Burma Government Medical School reports 1923-41
Year: 1923
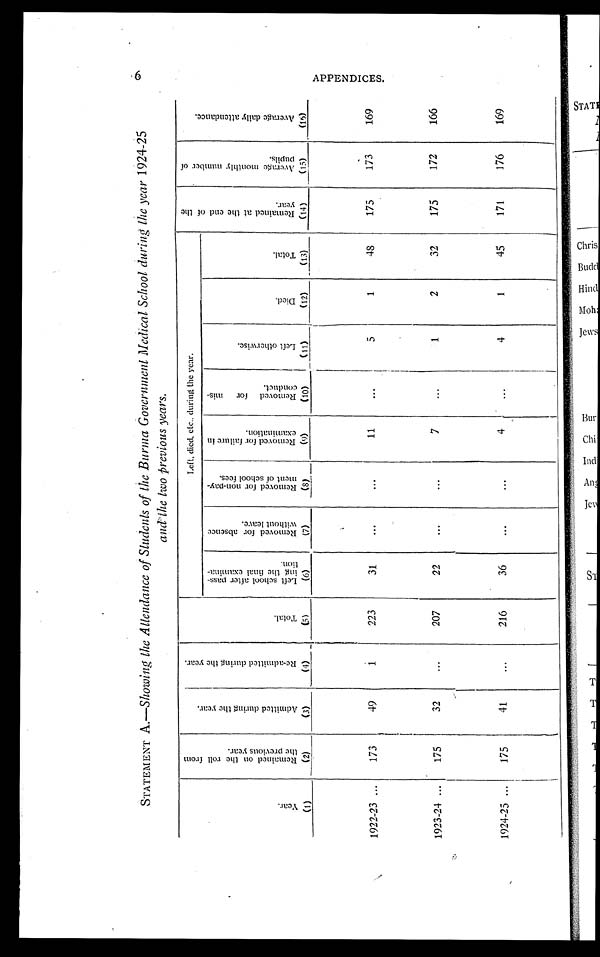
6
APPENDICES.
STATEMENT A.—Showing the Attendance of Students of the Burma Government Medical School during the year 1924-25
and the two previous years.
Y e a r .
R e m a i n e d o n t h e r o l l f r o m t h e p r e v i o u s y e a r .
A d m i t t e d d u r i n g t h e y e a r .
R e - a d m i t t e d d u r i n g t h e y e a r . T o t a l .
Left, died, etc., during the year.
R e m a i n e d a t t h e e n d o f t h e y e a r .
A v e r a g e m o n t h l y n u m b e r o f p u p i l s .
A v e r a g e d a i l y a t t e n d a n c e .
L e f t s c h o o l a f t e r p a s s - i n g t h e f i n a l e x a m i n a - t i o n .
R e m o v e d f o r a b s e n c e w i t h o u t l e a v e .
R e m o v e d f o r n o n - p a y - m e n t o f s c h o o l f e e s .
R e m o v e d f o r f a i l u r e i n e x a m i n a t i o n .
R e m o v e d f o r m i s - c o n d u c t .
L e f t o t h e r w i s e
D i e d .
T o t a l .
( 1 )
(2)
(3)
(4)
(5)
(6)
(7)
(8)
(9)
(10)
(11)
(12)
(13)
(14)
(15)
(16)
1922-23 ...
173
49
1
223
31
...
...
11
...
5
1
48
175
173
169
1923-24 ...
175
32
...
207
22
...
...
7
...
1
2
32
175
172
166
1924-25 ...
175
41
...
216
36
...
...
4
...
4
1
45
171
176
169